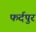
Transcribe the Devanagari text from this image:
फर्दपुर